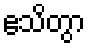
ဧသိတွာ